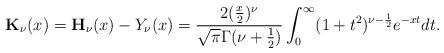
LaTeX: \begin{align*}\mathbf{K}_{\nu}(x)=\mathbf{H}_{\nu}(x)-Y_{\nu}(x)=\frac{2(\frac{x}{2})^\nu}{\sqrt{\pi}\Gamma(\nu+\frac{1}{2})}\int_0^{\infty}(1+t^2)^{\nu-\frac{1}{2}}e^{-xt}dt.\end{align*}